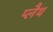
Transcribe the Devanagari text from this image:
प्लैथ